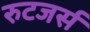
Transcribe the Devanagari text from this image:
रुटजर्स